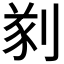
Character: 𠝮